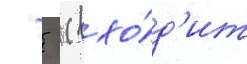
   (вхо́д'ит